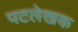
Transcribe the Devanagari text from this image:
पटलेखक